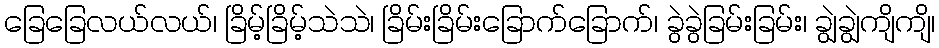
ခြေခြေလယ်လယ်၊ ခြိမ့်ခြိမ့်သဲသဲ၊ ခြိမ်းခြိမ်းခြောက်ခြောက်၊ ခွဲခွဲခြမ်းခြမ်း၊ ချွဲချွဲကျိကျိ၊